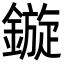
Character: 鏇